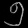
Digit: ၅